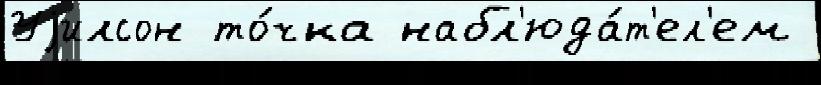
Уjилсон то́чка набл'юда́т'ел'ем